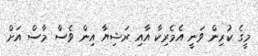
މީގެ ކުރިން ވަނީ އެމެރިކާ އާއި ރަޝިޔާ އިން ވެސް މާސް އަށް